Vaccination in Burma 1912-1922 - 1912-1922
Year: 1912
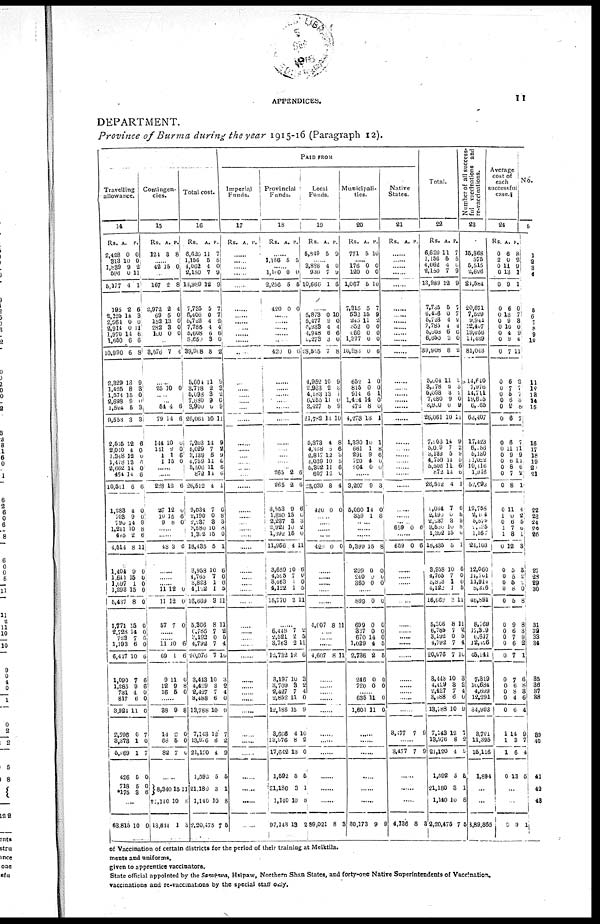
APPENDICES.
11
DEPARTMENT.
Province of Burma during the year 1915-16 (Paragraph 12).
Travelling
allowance.
14
Rs.
2,428
313
1,839
596
5,177
195
2,195
2,064
2,914
1,970
1,650
10,990
2,329
1,425
1,574
2,698
1,524
9,553
2,515
2,040
1,348
1,478
2,662
464
10,511
1,283
703
790
1,241
445
4,514
1,404
1,641
1,097
1,298
5,437
1,771
2,728
723
1,193
6,417
1,090
1,285
731
817
3,924
2,596
3,373
5,969
426
718
*175
A.
0
10
9
0
4
2
14
0
0
14
6
6
13
8
15
9
5
3
12
4
12
13
14
14
6
4
9
14
10
2
8
9
15
1
15
8
15
14
7
6
10
7
9
4
6
11
0
1
1
5
5
3
P.
0
0
2
11
1
6
3
0
11
6
6
8
9
3
0
0
3
3
8
0 0
6
0
6
6
0
0
9 8
6
11
0
0
0
0
0
0
0
6
0
6
6
6
0
0
0
7
0
7
0
0
6
....
63,815 10 0
Contingen-
cies.
15
Rs.
124
A.
3
P.
8
...... 42 15 0
......
167
2,972
69
153
282
100
2
2
5
13
3
0
8
4
0
0
0
0
......
3,676 7 4
......
25 10 0
......
...... 54
79
144
141
1
1
4
14
10
2
1
15
6
6
0
0
6
0
......
......
288
27
10
9
13
12
15
8
6
0
6
0
......
......
48 3 6
......
......
...... 11
11
57
12
12
7
0
0
0
......
...... 11
69
9
12
16
10
1
11
9
5
6
6
0
8
0
......
38
14
68
82
9
2
5
7
8
0
0
0
......
8,340
†1,140
13,844
15
10
1
11
8
3
Total cost.
16
Rs.
6,620
1,156
4,062
2,150
13,989
7,735
6,406
6,723
7,785
5,608
6,650
39,908
5,604
3,778
5,098
7,680
3,900
26,061
7,203
5,029
3,139
4,759
5,506
872
26,512
9,034
2,190
2,237
3,580
1,392
18,435
3,958
4,765
3,823
4,122
16,669
5,306
6,785
3,192
4,792
20,076
3,443
4,429
2,427
3,488
13,788
7,143
13,976
21,120
1,592
21,180
1,140
2,20,475
A.
11
5
4
7
12
5
0
4
4
6
3
8
11
2
3
9
0
10
14
7
5
14
11
14
4
7
0
3
10
15
5
10
7
1
1
3
8
7
0
7
7
10
3
7
6
10
12
8
4
5
3
10
7
P.
7
5
0
9
9
7
7
2
4
6
0
2
9
3 2
0
9
11
9
2
9
6
6
6
1
6
8
3
8
0
1
6
0
0
5
11
11
2
5
4
10
3
2
4
0
9
7
2
9
5
1
8
5
PAID FROM
Imperial
Funds.
17
Rs. A. P.
......
......
......
......
......
......
......
......
......
......
......
......
......
.....
......
....
......
......
......
......
......
......
......
......
...... ......
......
......
......
......
...... ......
....
......
......
......
......
......
......
......
......
......
......
......
......
......
......
......
......
......
......
Provincial
Funds.
18
Rs. A. P.
......
1,156 5 5
...... 1,100
2,256
420
0
5
0
0
5
0
......
......
......
......
......
420 0 0
......
......
......
......
......
......
......
...... .......
......
...... 265
265
3,553
1,880
2,237
2,921
1,892
11,956
3,659
4,525
3,463
4,122
15,770
2
2
9
15
3
10
15
4
10
7 1
1
3
6
6
6
0
3
2
0
11
6
0
0
5
11
......
6,448
2,521
3,763
12,732
3,197
3,709
2,427
2,852
12,186
3,666
13,976
17,642
1,592
21,180
1,140
97,143
7
2
2
12
10
3
7
11
15
4
8
13
5
3
10
13
2
5
11
6
3
2
4
0
9
10
2
0
5
1
8
2
Local
Funds.
19
Rs.
5,849
A.
5
P.
9
...... 3,836
930
10,666
4
7
1
0
9
6
......
5,873
5,477
6,933
4,948
6,273
28,505
4,952
2,963
4,183
6,255
3,427
21,782
5,873
4,868
2,847
4,039
5,302
607
23,039
420
0
9
4
6
3
7
10
2
13
11
8
13
4
0
12
10
11
12
8
0
10
0
4
6
0
8
9
3
1
0
9
10
8
6
3
5
6
0
4
0
......
......
......
420 0 0
......
......
......
......
......
4,007 8 11
......
......
......
4,607 8 11
......
......
......
......
......
......
......
......
......
......
......
89,021 8 3
Municipali-
ties.
20
Rs.
771
A.
5
P.
10
......
176
120
1,067
7,315
532
245
852
660
1,377
10,983
652
815
914
1,424
472
4,278
1,330
661
291
720
204
0
0
5
5
15
11
0
0
0
0
1
0
6
14
8
13
10
1
9
4
0
0
0
10
7
9
2
0
0
0
6
0
0
1
0
0
1
1
8
6
0
0
......
3,207
5,060
339
9
14
1
3
0
8
......
......
5,399
299
240
360
15
0
0
0
8
0
0
0
......
899
699
337
670
1,029
2,736
246
720
0
0
0
14
4
2
0
0
0
0
0
0 5
5
0
0
...... 635
1,601
11
11
0
0
......
......
......
......
......
......
30,173 9 9
Native
States.
21
Rs. A. P.
......
......
......
......
......
......
......
......
......
......
......
......
......
......
......
......
......
......
......
......
......
......
......
......
......
......
......
...... 659 0 6
......
659 0 6
......
......
......
......
......
......
......
......
......
......
......
......
......
......
......
3,177 7 9
......
3,477 7 9
......
......
......
4,136 8 3
Total.
22
Rs.
6,620
1,156
4,062
2,150
13,989
7,785
6,406
5,723
7,785
5,608
6,650
39,908
5,004
3,778
5,098
7,680
3,900
26,061
7,103
5,019
8,139
4,759
5,506
872
26,512
1,034
2,190
2,137
3,580
1,392
18,435
3,958
4,765
3,823
4,122
16,662
5,306
6,785
3,192
4,792
20,076
3,443
4,429
2,427
3,188
13,788
7,143
13,976
21,120
1,592
21,180
1,140
2,20,475
A.
11
5
4
7
12
5
0
4
4
6
3
8
11
2
3
9
0
10
14
7
5
14
11
14
4
7
0
3
10
15
5
10
7
1
1
3
8
7
0
7
7
10
3
7
6
10
12
8
4
5
3
10
7
P.
7
5
0
9
9
7
7
2
4
6
0
2
9
3
7
0
9
11
9
2
9
5
6
6
1
6
8
3
8
0
1
6
0
0
5
11
11
2
5
4
10
3
2
4
0
9
7
2
9
5
1
8
5
Number of all success-
ful vaccinations and
re-vaccinations.
23
15,868
575
5,515
2,626
21,584
20,671
7,529
9,941
22,407
19,056
11,439
81,043
14,640
7,976
14,711
19,615
6,165
63,407
17,423
6,156
5,130
11,022
10,116
1,916
52,693
12,758
2,414
5,579 1, 135
1,167
24,103
12,060
11,701
11,914
8,216
46,891
8,769
17,329
6,617
12,126
45,141
7,319
10,684
4,699
12,291
34,993
3,721
11,395
15,116
1,894
...
...
8,89,865
Average
cost of
each
successful
case.¶
24
Rs.
0
2
0
0
0
0
0
0
0
0
0
0
0
0 0
0
0
0
0
0
0
0
0
0
0
0
1
0
1
1
0
0
0
0
0
0
0
0
0 0
0
0
0
0
0
0
1
1
1
0
A.
6
0
11
13
9
6
13
9
10
4
9
7
6
7
5 6
9
6
6
11
9
6
8
7
8
11
0
6
7
3
12
5
5
5
8
5
9
6
7
6
7
7
6 8
4
6
14
3
6
13
P.
8
2
9
1
1
0
7
3
0
9
4
11
2
7
7
8
8
7
7
11
9
11
6
2
1
4
2
5
6
1
3
3
2
1 0
8
8
3
9
2
1
6
8
3
6
4
9
7
4
5
...
...
0 9 1
No.
5
1
2
3
4
5
6
7
8
9
10
11
12
13
14
15
16
17
18
19
20
21
22
23
24
25
26
27
28
29
30
31
32
33
34
35
36 37
38
39
40
41
42
43
of Vaccination of certain districts for the period of their training at Meiktila.
ments and uniforms.
given to apprentice vaccinators.
State official appointed by the Sawbwa, Hsipaw, Northern Shan States, and forty-one Native Superintendents of Vaccination.
vaccinations and re-vaccinations by the special staff only.